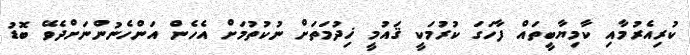
ކުރިއެރުމާއި ކާމިޔާބީތައް ފާހަގަ ކުރުމަކީ ޤައުމީ ޚިދުމަތަށް ނުކުތުމަށް އެހެން އަންހެނުންނަށްދެވޭ ބޮޑު